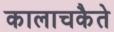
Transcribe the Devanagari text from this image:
कालाचकैते